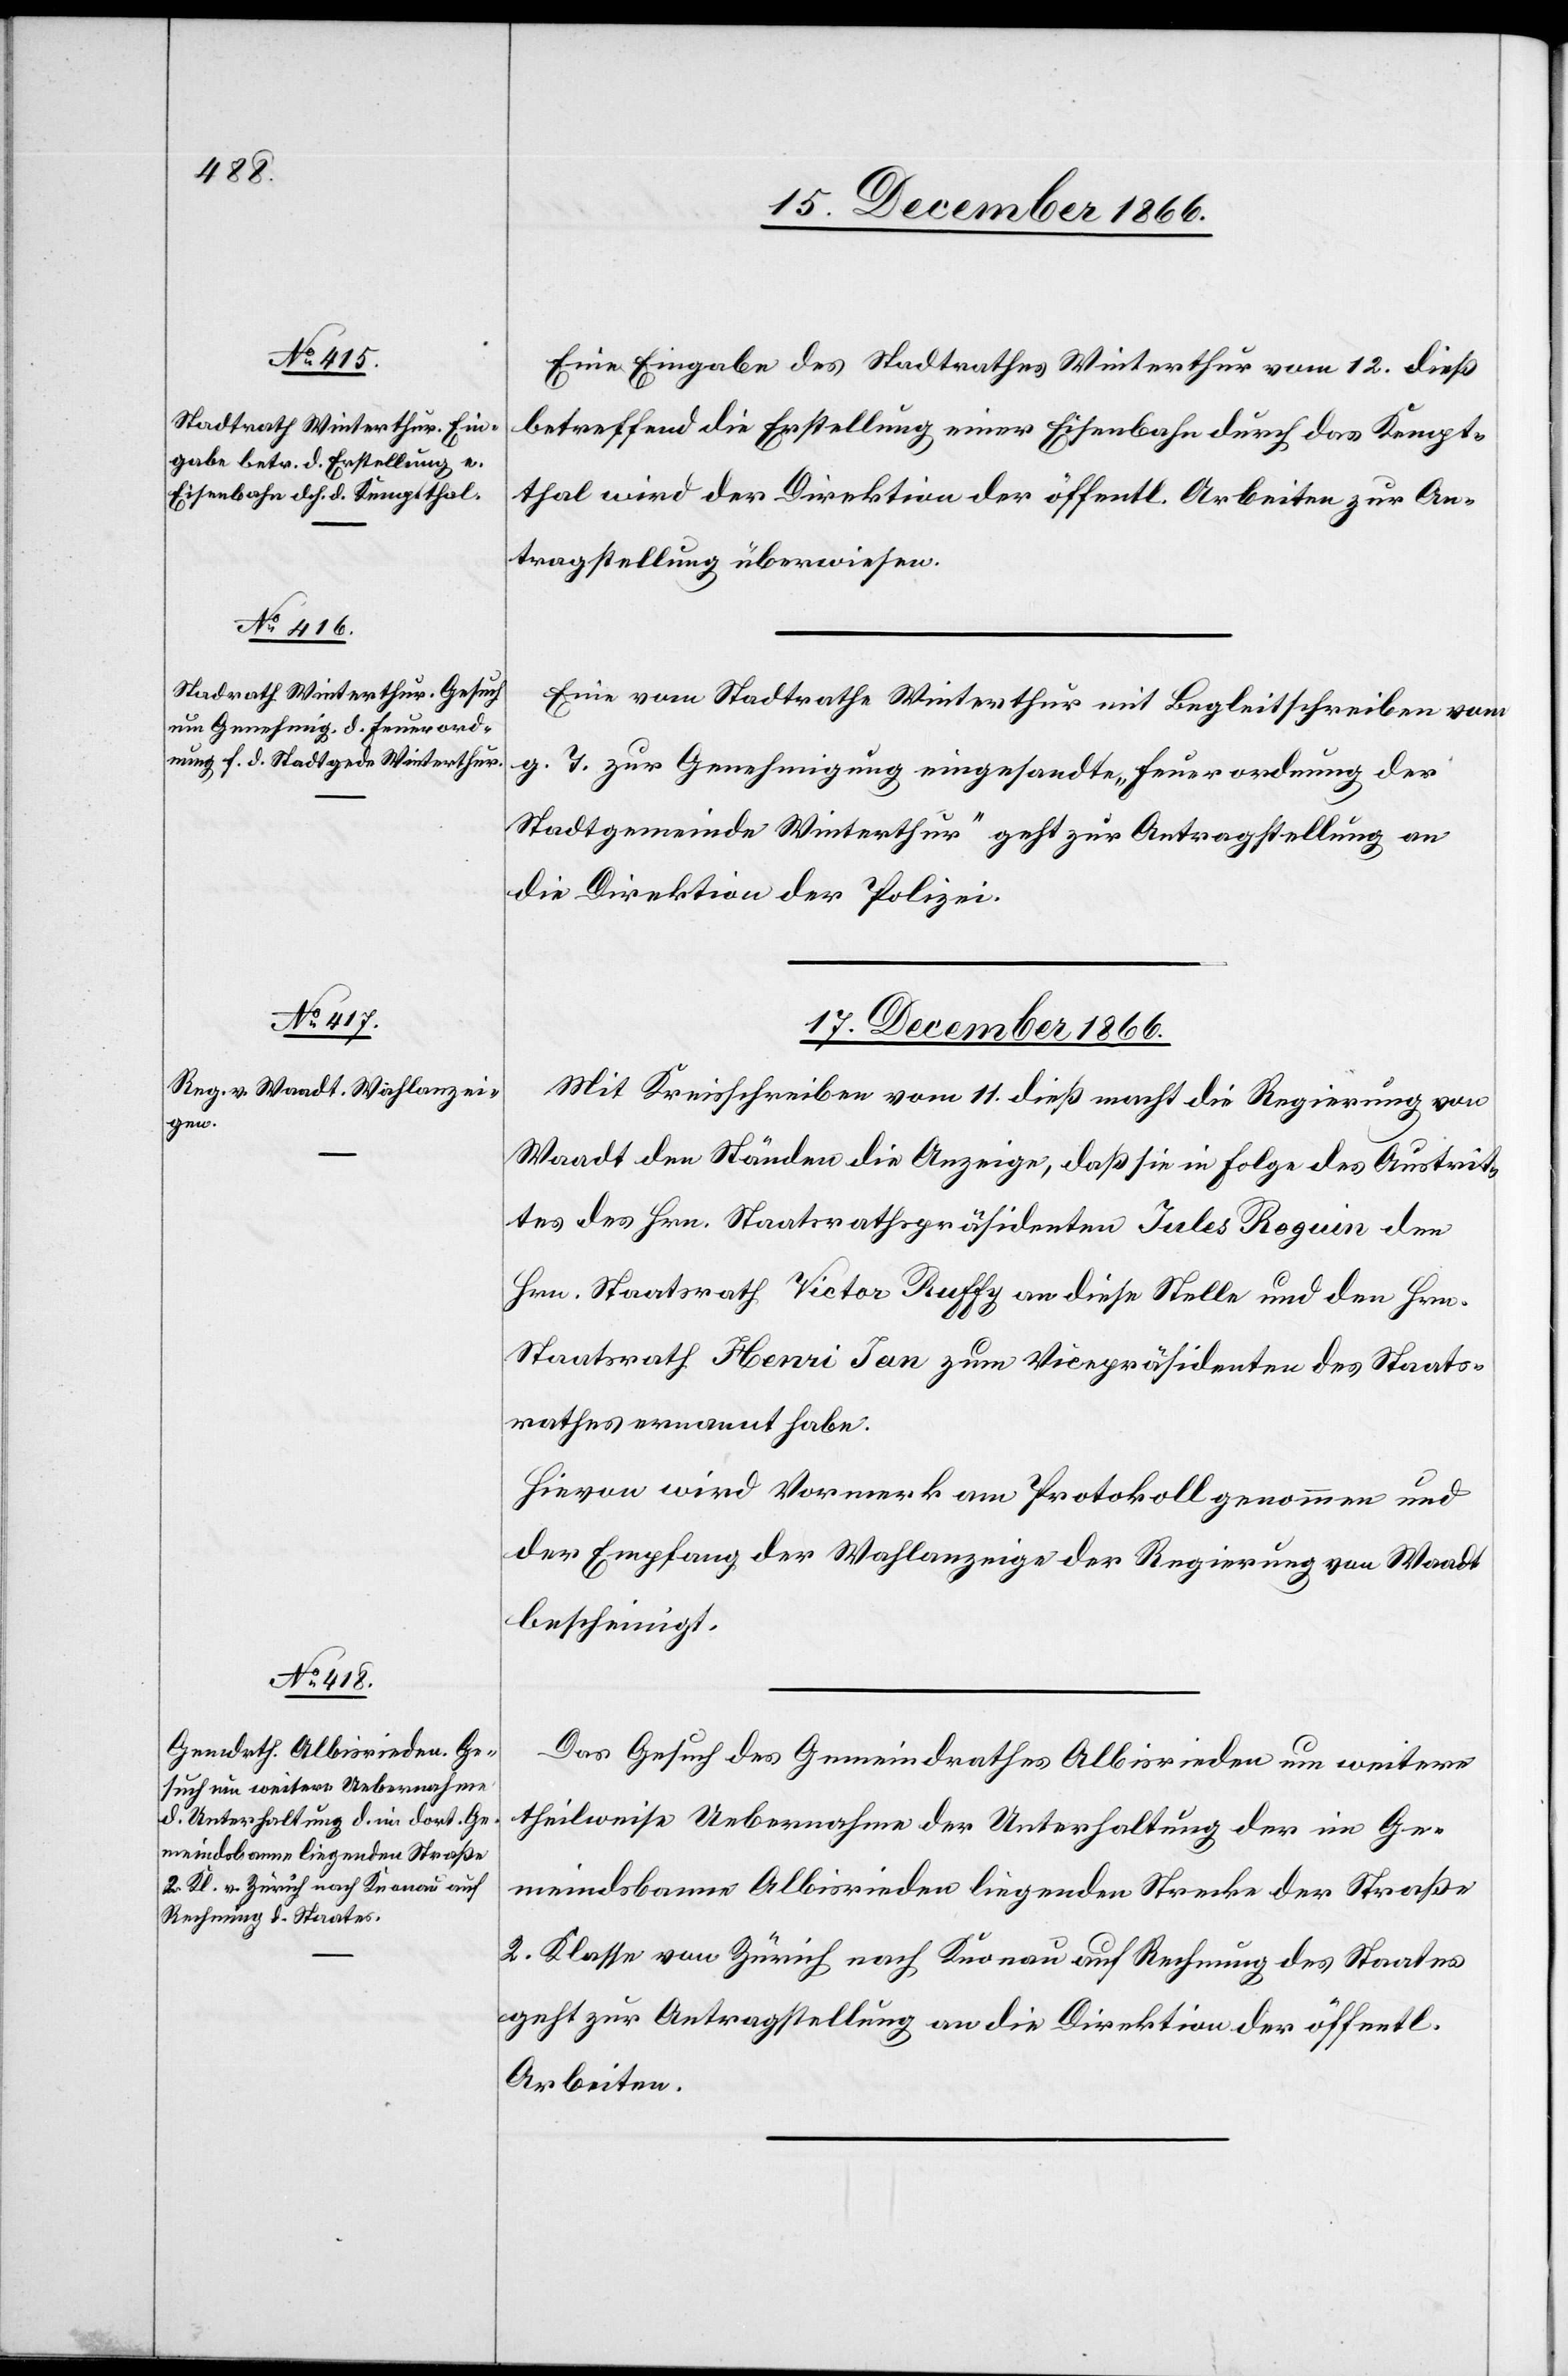
15. December 1866.]
Eine Eingabe des Stadtrathes Winterthur vom 12. dieß
betreffend die Erstellung einer Eisenbahn durch das Kempt¬
thal wird der Direktion der öffentl. Arbeiten zur An¬
tragstellung überwiesen.
Eine vom Stadtrathe Winterthur mit Begleitschreiben vom
g. T. zur Genehmigung eingesandte „Feuerordnung der
Stadtgemeinde Winterthur“ geht zur Antragstellung an
die Direktion der Polizei.
17. Decemeber 1866.]
Mit Kreisschreiben vom 11. dieß macht die Regierung von
Waadt den Ständen die Anzeige, daß sie in Folge des Austrit¬
tes des Hrn. Staatsrathspräsidenten Jules Roguin den
Hrn. Staatsrath Victor Ruffy an diese Stelle und den Hrn.
Staatsrath Henri Jan zum Vicepräsidenten des Staats¬
rathes ernannt habe.
Hievon wird Vormerk am Protokoll genommen und
der Empfang der Wahlanzeige der Regierung von Waadt
bescheinigt.
Das Gesuch des Gemeindrathes Albisrieden um weitere
theilweise Uebernahme der Unterhaltung der im Ge¬
meindsbanne Albisrieden liegenden Strecke der Straße
2. Klasse von Zürich nach Knonau auf Rechnung des Staates
geht zur Antragstellung an die Direktion der öffentl.
Arbeiten.